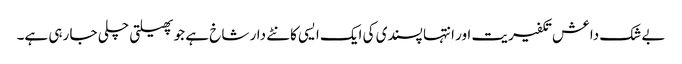
بے شک داعش تکفیریت اور انتہا پسندی کی ایک ایسی کانٹے دار شاخ ہے جو پھیلتی چلی جا رہی ہے۔